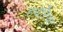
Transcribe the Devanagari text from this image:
हथेरिया